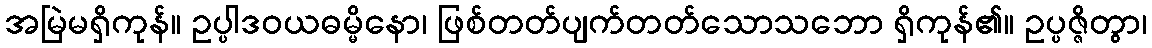
အမြဲမရှိကုန်။ ဥပ္ပါဒဝယဓမ္မိနော၊ ဖြစ်တတ်ပျက်တတ်သောသဘော ရှိကုန်၏။ ဥပ္ပဇ္ဇိတွာ၊